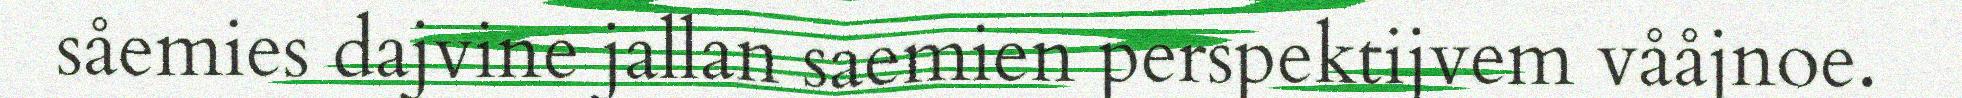
såemies dajvine jallan saemien perspektijvem vååjnoe.